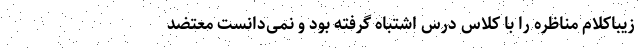
زیباکلام مناظره را با کلاس درس اشتباه گرفته بود و نمی‌دانست معتضد